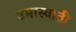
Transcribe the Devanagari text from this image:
उमास्वाती